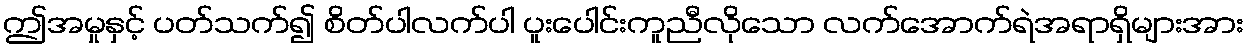
ဤအမှုနှင့် ပတ်သက်၍ စိတ်ပါလက်ပါ ပူးပေါင်းကူညီလိုသော လက်အောက်ရဲအရာရှိများအား